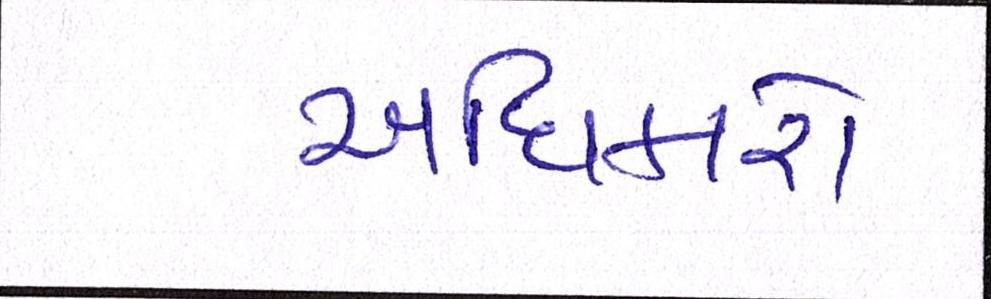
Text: અધિકારો